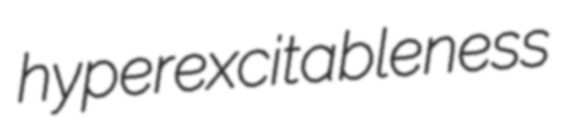
hyperexcitableness